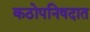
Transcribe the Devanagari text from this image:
कठोपनिषदात